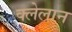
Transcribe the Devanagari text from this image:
क्लेलान